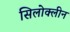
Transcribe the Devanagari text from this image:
सिलोक्लीन